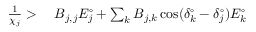
\begin{array} { r l } { \frac { 1 } { \chi _ { j } } > \; } & { { } B _ { j , j } E _ { j } ^ { \circ } + \sum _ { k } B _ { j , k } \cos ( \delta _ { k } ^ { \circ } - \delta _ { j } ^ { \circ } ) E _ { k } ^ { \circ } } \end{array}